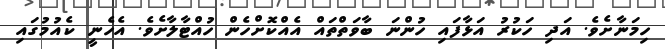
ހިމަނާށެވެ. އަދި ހަކުރު އަޅާފައި ހުންނަ ބާވަތްތައް އެއްކޮށްހެން ހުއްޓާލާށެވެ. އެހެނީ ކެއުމުގައި